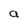
Character: a